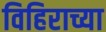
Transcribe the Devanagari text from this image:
विहिराच्या